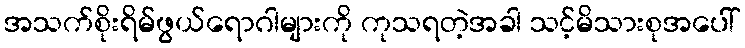
အသက်စိုးရိမ်ဖွယ်ရောဂါများကို ကုသရတဲ့အခါ သင့်မိသားစုအပေါ်